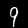
Label: 9